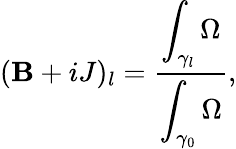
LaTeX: (\mathbf{B}+iJ)_{l}=\frac{{\displaystyle\int_{\gamma_{l}}\Omega}}{{\displaystyle\int_{\gamma_{0}}\Omega}},